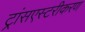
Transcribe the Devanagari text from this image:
ट्रांसएस्टरीकरण